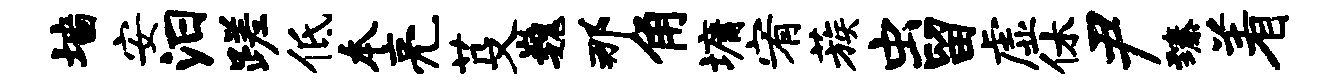
墙安汨蹉低本亮芟巍那角墉宥蔟虫留虚休尹臻着